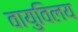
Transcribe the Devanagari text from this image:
वायुविलय